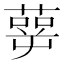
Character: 𰱹